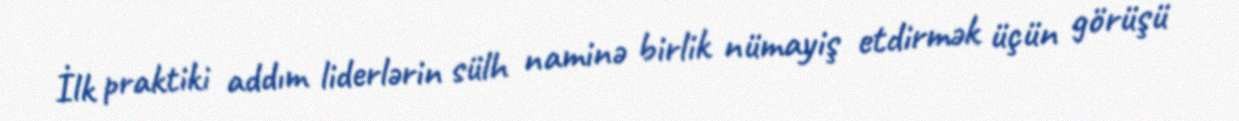
İlk praktiki addım liderlərin sülh naminə birlik nümayiş etdirmək üçün görüşü